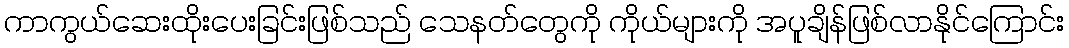
ကာကွယ်ဆေးထိုးပေးခြင်းဖြစ်သည် သေနတ်တွေကို ကိုယ်များကို အပူချိန်ဖြစ်လာနိုင်ကြောင်း